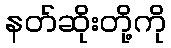
နတ်ဆိုးတို့ကို